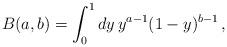
LaTeX: \begin{align*}B(a,b) = \int_0^1 dy\, y^{a-1}(1-y)^{b-1}\, ,\end{align*}